Narva_kinnistusamet, lk 22
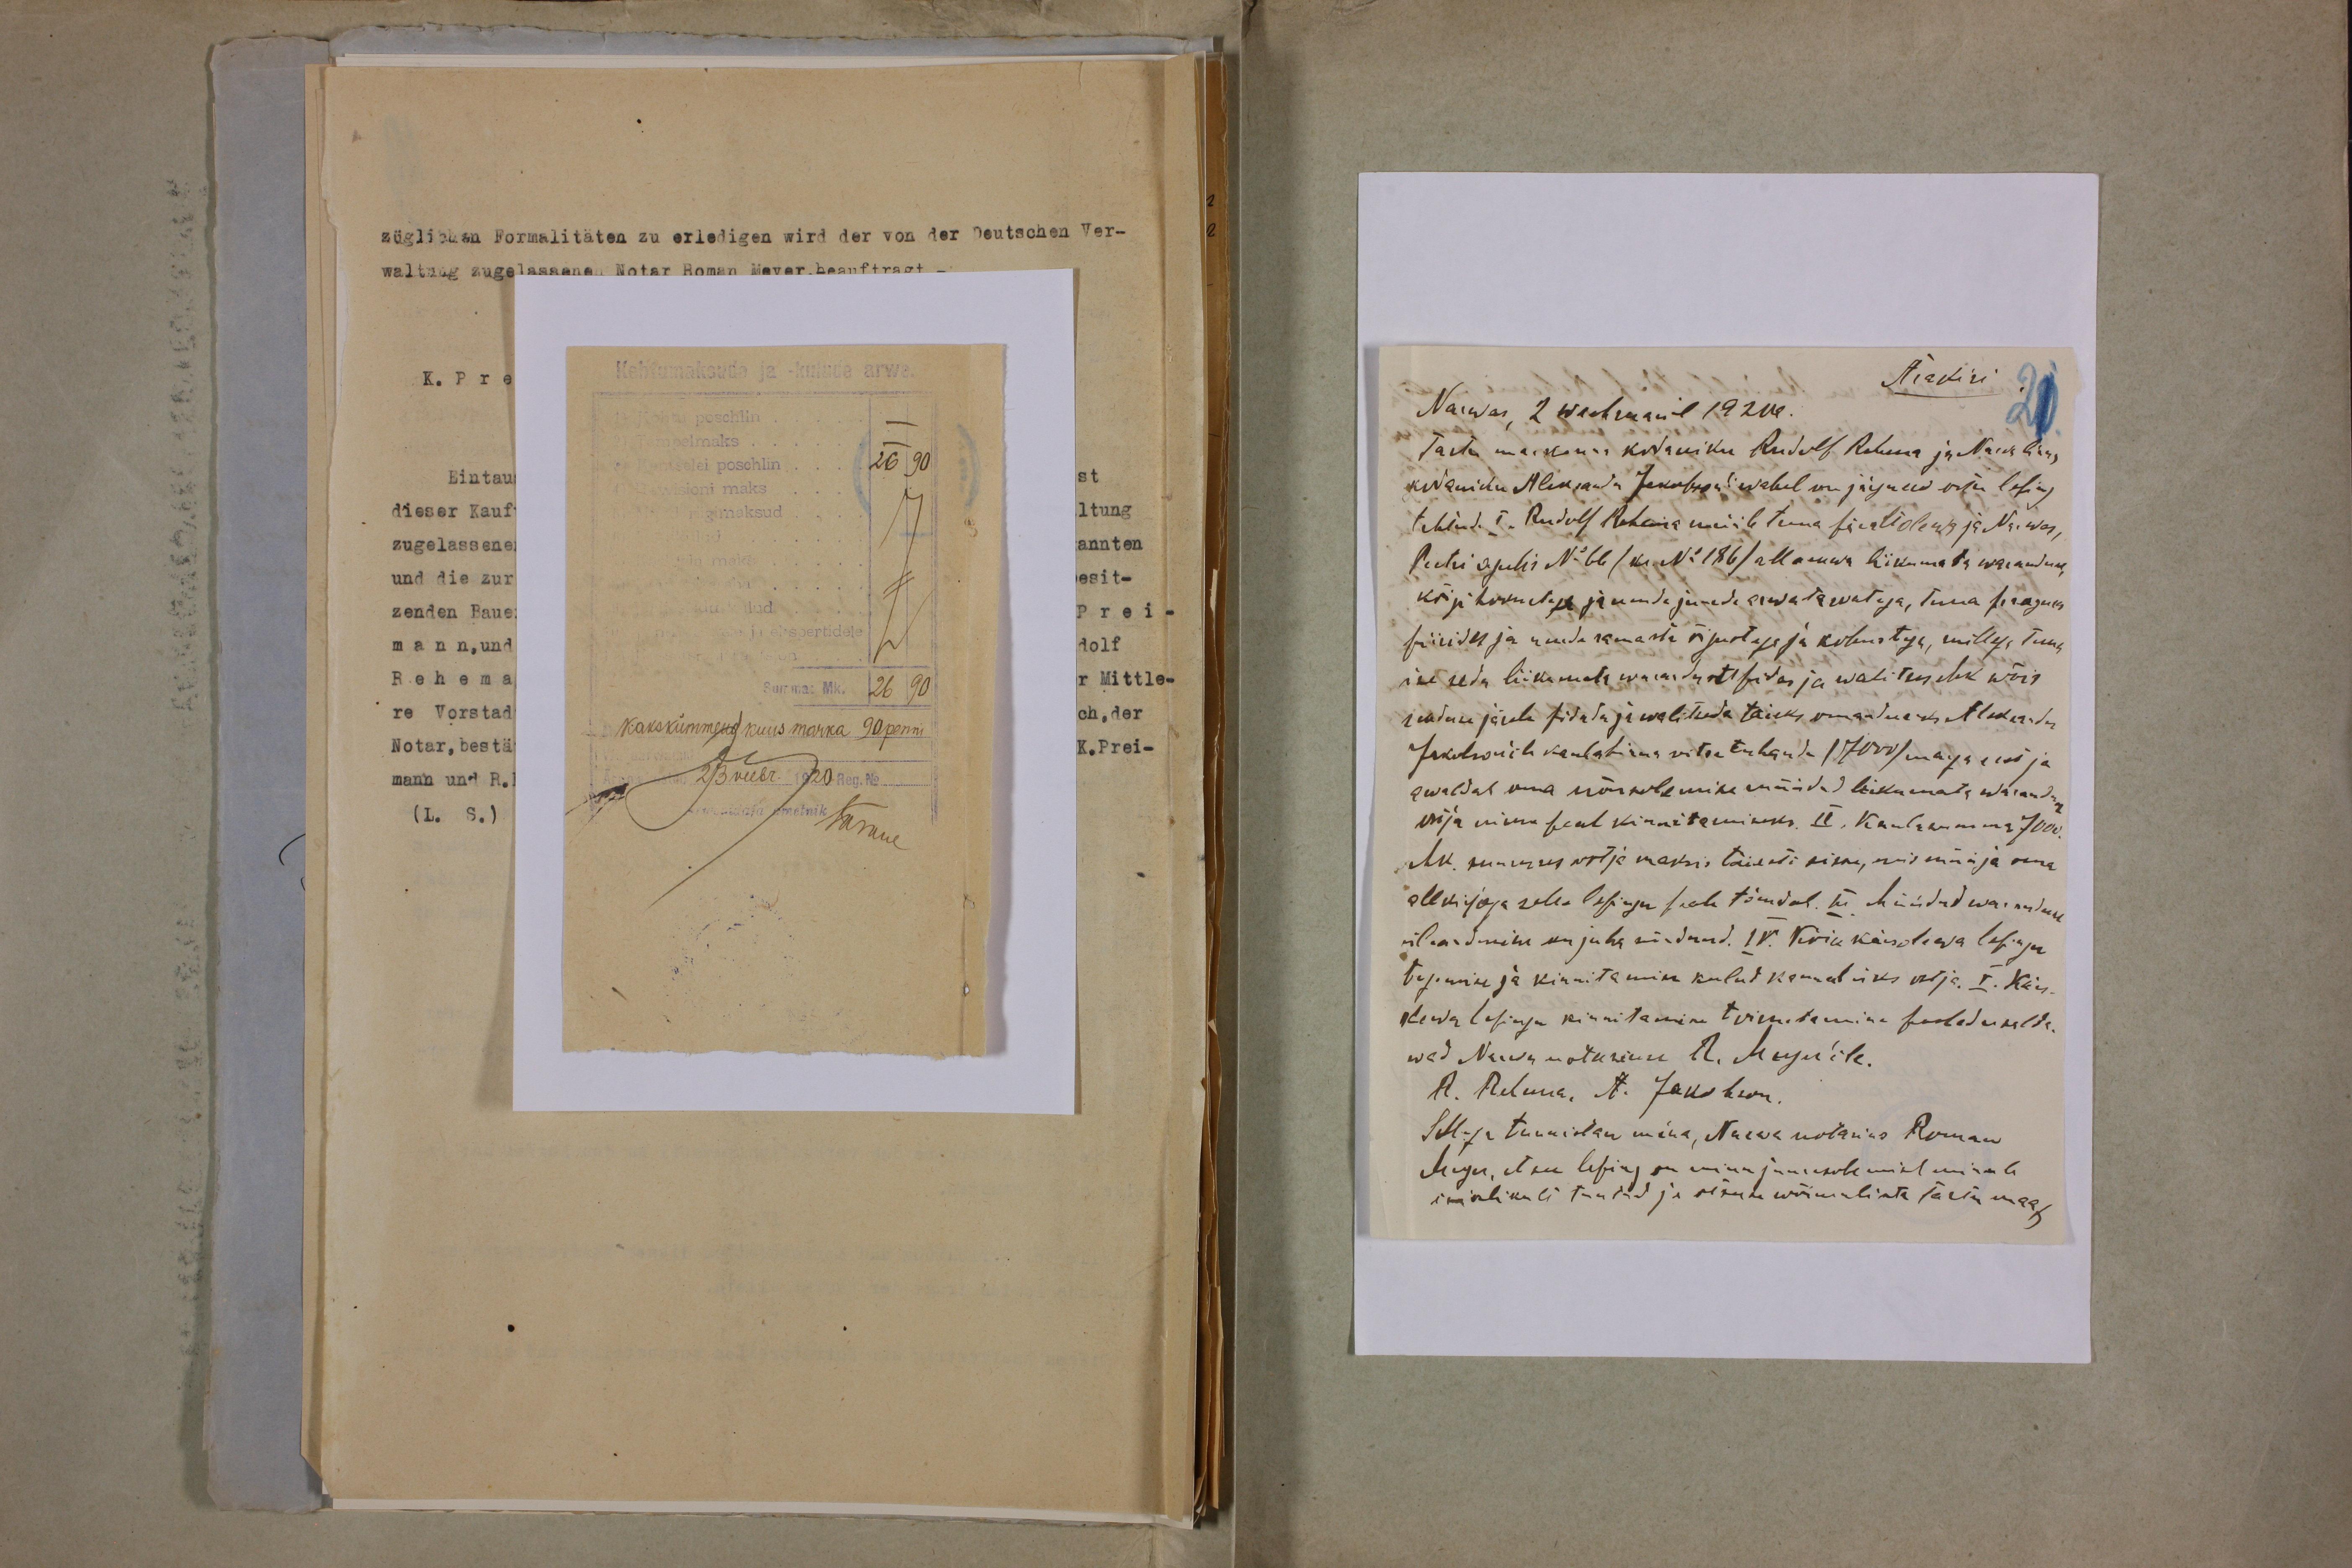
Ärakiri
Narwas, 2 weebruaril 1920a.
Tartu maakonas kodaniku Rudolf Rehema ja Narva linna
kodaniku Aleksandr Jakobson'i wahel on järgmesed ostu leping
tehtud. I. Rudolf Rehema meile tema tieati olewa ja Narwas,
Peetri aguli N: 66 (ka No: 186) alla omma liikumata waranduse,
kirja hoonetest ja nende juurde arwatawat, tema praeguse
piirides ja riude marka õiguste ja kohustega, millga: tema
ise seda liikumata warandust pidas ja walitses ehk wõis
seaduse järele pidada ja wolitada täieks omanduseks Aleksander
Jakobsonile kaubafima seitse tuhande (7000) marga eest ja
awaldas oma nõusolemise müidud liikumata warandu
vija mina seal kinnitemiseks. II. Kauba 7200
ehk suuruses wälja maksis täiesti sisse, mis müüja oma
allkirjaga selle lepingu peale tõendab. III Müüdud waranduse
üleandmine on juba sündnud. IV. Kõik käesolewa lepingu
tegemise ja kinnitamise kulud kannab üks ostja. V. Käes
olewa lepingu kinnitamine tarminine pooleduselle.
wad Narva notariuse A. Meyer'ile.
A. Rehema, A. Jakobson.
Sellega tunnistan mina, Narva kodanik Roman
Grigo, et see leping on mina juuresolemist minule
kirjalikult tuntud ja otsuse wõimuliste Tartu maak